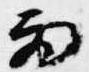
雨